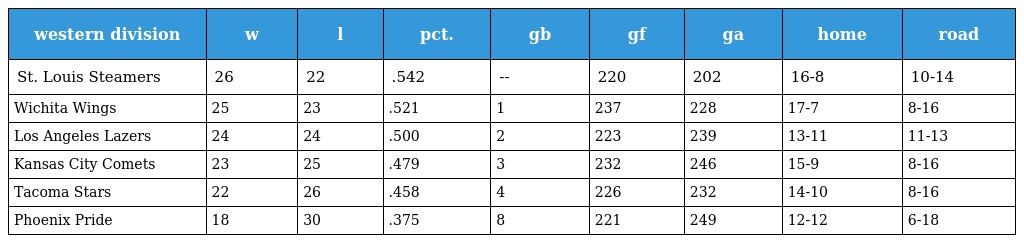
| western division | w | l | pct. | gb | gf | ga | home | road |
 | --- | --- | --- | --- | --- | --- | --- | --- | --- |
 | St. Louis Steamers | 26 | 22 | .542 | -- | 220 | 202 | 16-8 | 10-14 |
 | Wichita Wings | 25 | 23 | .521 | 1 | 237 | 228 | 17-7 | 8-16 |
 | Los Angeles Lazers | 24 | 24 | .500 | 2 | 223 | 239 | 13-11 | 11-13 |
 | Kansas City Comets | 23 | 25 | .479 | 3 | 232 | 246 | 15-9 | 8-16 |
 | Tacoma Stars | 22 | 26 | .458 | 4 | 226 | 232 | 14-10 | 8-16 |
 | Phoenix Pride | 18 | 30 | .375 | 8 | 221 | 249 | 12-12 | 6-18 |